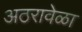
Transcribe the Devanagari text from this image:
अठरावेळा